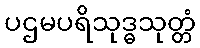
ပဌမပရိသုဒ္ဓသုတ္တံ